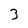
Character: 3